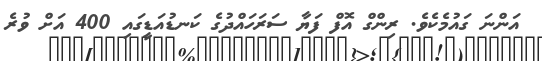
އަންނަ ގައުމެކެވެ. ރިންގް އޮފް ފަޔާ ސަރަހައްދުގެ ކަނޑުއަޑީގައި 400 އަށް ވުރެ